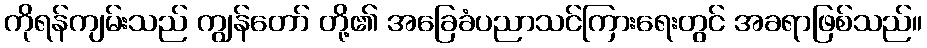
ကိုရန်ကျမ်းသည် ကျွန်တော် တို့၏ အခြေခံပညာသင်ကြားရေးတွင် အခရာဖြစ်သည်။